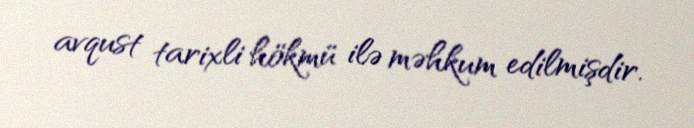
avqust tarixli hökmü ilə məhkum edilmişdir.